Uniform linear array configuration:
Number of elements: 12
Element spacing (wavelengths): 0.75
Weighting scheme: hann
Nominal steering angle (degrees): -60
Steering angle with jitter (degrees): -60.543
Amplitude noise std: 0.05
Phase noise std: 0.05

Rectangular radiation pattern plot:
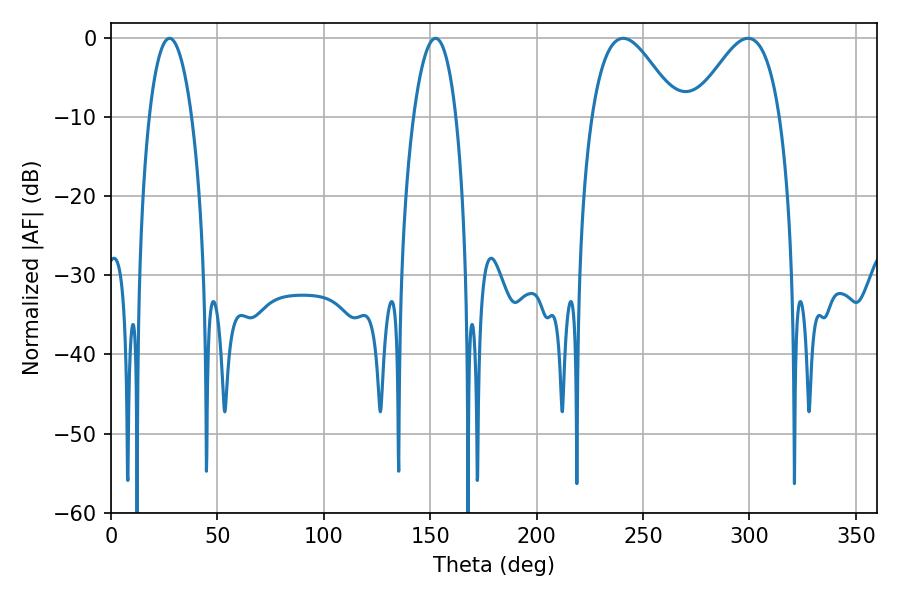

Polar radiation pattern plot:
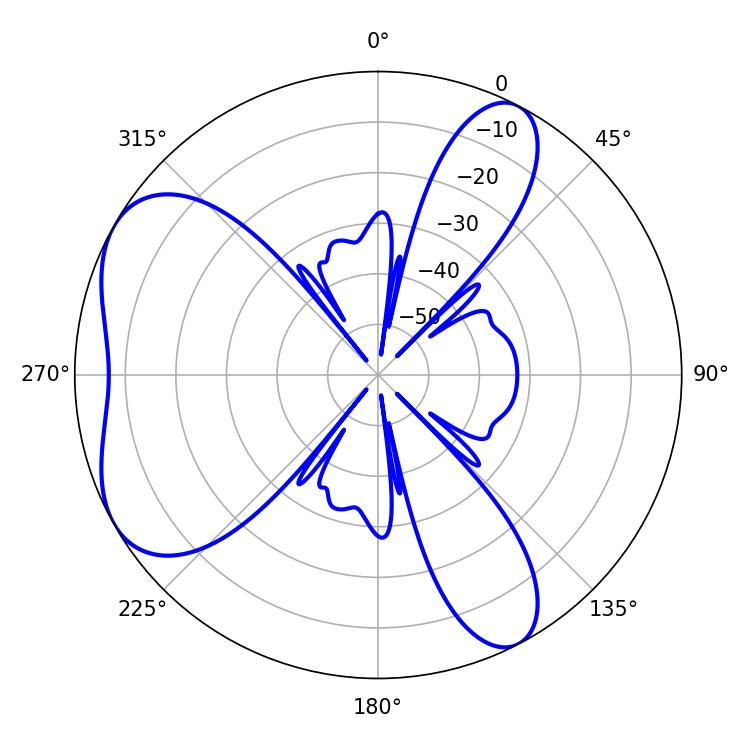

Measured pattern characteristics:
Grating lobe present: TRUE
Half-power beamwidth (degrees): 21.78
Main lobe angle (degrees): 240.66